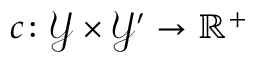
c \colon \mathcal { Y } \times \mathcal { Y } ^ { \prime } \rightarrow \mathbb { R } ^ { + }